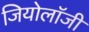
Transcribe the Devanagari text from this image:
जियोलाॅजी